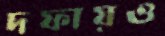
দফায়ও